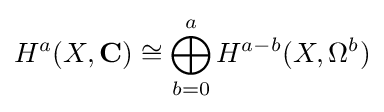
H^{a}(X,\mathbf {C} )\cong \bigoplus _{b=0}^{a}H^{a-b}(X,\Omega ^{b})